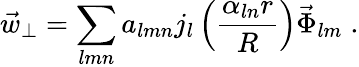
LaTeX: \vec{w}_{\perp}=\sum_{lmn}a_{lmn}j_{l}\left(\frac{\alpha_{ln}r}{R}\right)\vec{\Phi}_{lm}\; .